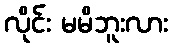
လိုင်း မမိဘူးလား